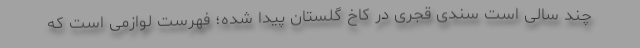
چند سالی است سندی قجری در کاخ گلستان پیدا شده؛ فهرست لوازمی است که